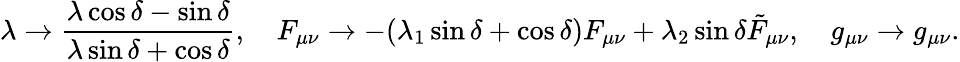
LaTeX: \lambda\to{\frac{\lambda\cos\delta-\sin\delta}{\lambda\sin\delta+\cos\delta}},\ \ \ \ F_{\mu\nu}\to-(\lambda_{1}\sin\delta+\cos\delta)F_{\mu\nu}+\lambda_{2}\sin\delta\tilde{F}_{\mu\nu},\ \ \ \ g_{\mu\nu}\to g_{\mu\nu}.